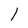
Character: l